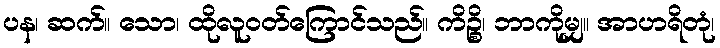
ပန၊ ဆက်။ သော၊ ထိုလူဝတ်ကြောင်သည်။ ကိဉ္စိ၊ ဘာကိုမျှ။ အာဟရိတုံ၊